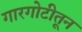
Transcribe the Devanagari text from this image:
गारगोटीतून